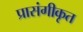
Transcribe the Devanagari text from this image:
प्रासंगीकृत